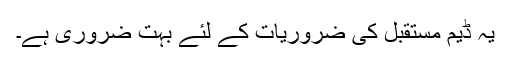
یہ ڈیم مستقبل کی ضروریات کے لئے بہت ضروری ہے۔